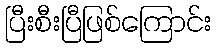
ပြီးစီးပြီဖြစ်ကြောင်း